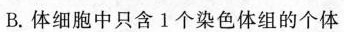
B.体细胞中只含1个染色体组的个体